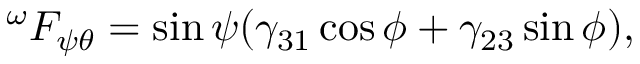
^ { \omega } F _ { \psi \theta } = \sin \psi ( \gamma _ { 3 1 } \cos \phi + \gamma _ { 2 3 } \sin \phi ) ,